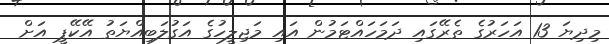
މިދިޔަ 13 އަހަރުގެ ތެރޭގައި ދަމަހައްޓަމުން އައި މަޖިލީހުގެ އަގުލަބިއްޔަތު އޭކޭޕީ އަށް